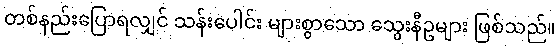
တစ်နည်းပြောရလျှင် သန်းပေါင်း များစွာသော သွေးနီဥများ ဖြစ်သည်။